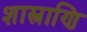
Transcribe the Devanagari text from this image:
शास्त्राणि